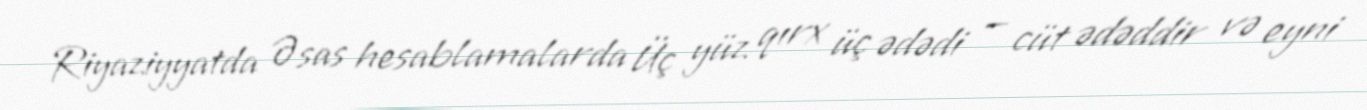
Riyaziyyatda Əsas hesablamalarda Üç yüz qırx üç ədədi — cüt ədəddir və eyni